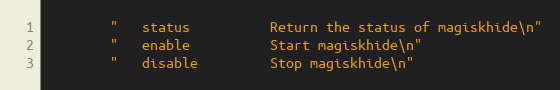
Language: C++
        "   status          Return the status of magiskhide\n"
        "   enable          Start magiskhide\n"
        "   disable         Stop magiskhide\n"